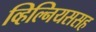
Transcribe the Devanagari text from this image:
व्हिल्नियससह